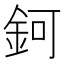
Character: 鈳